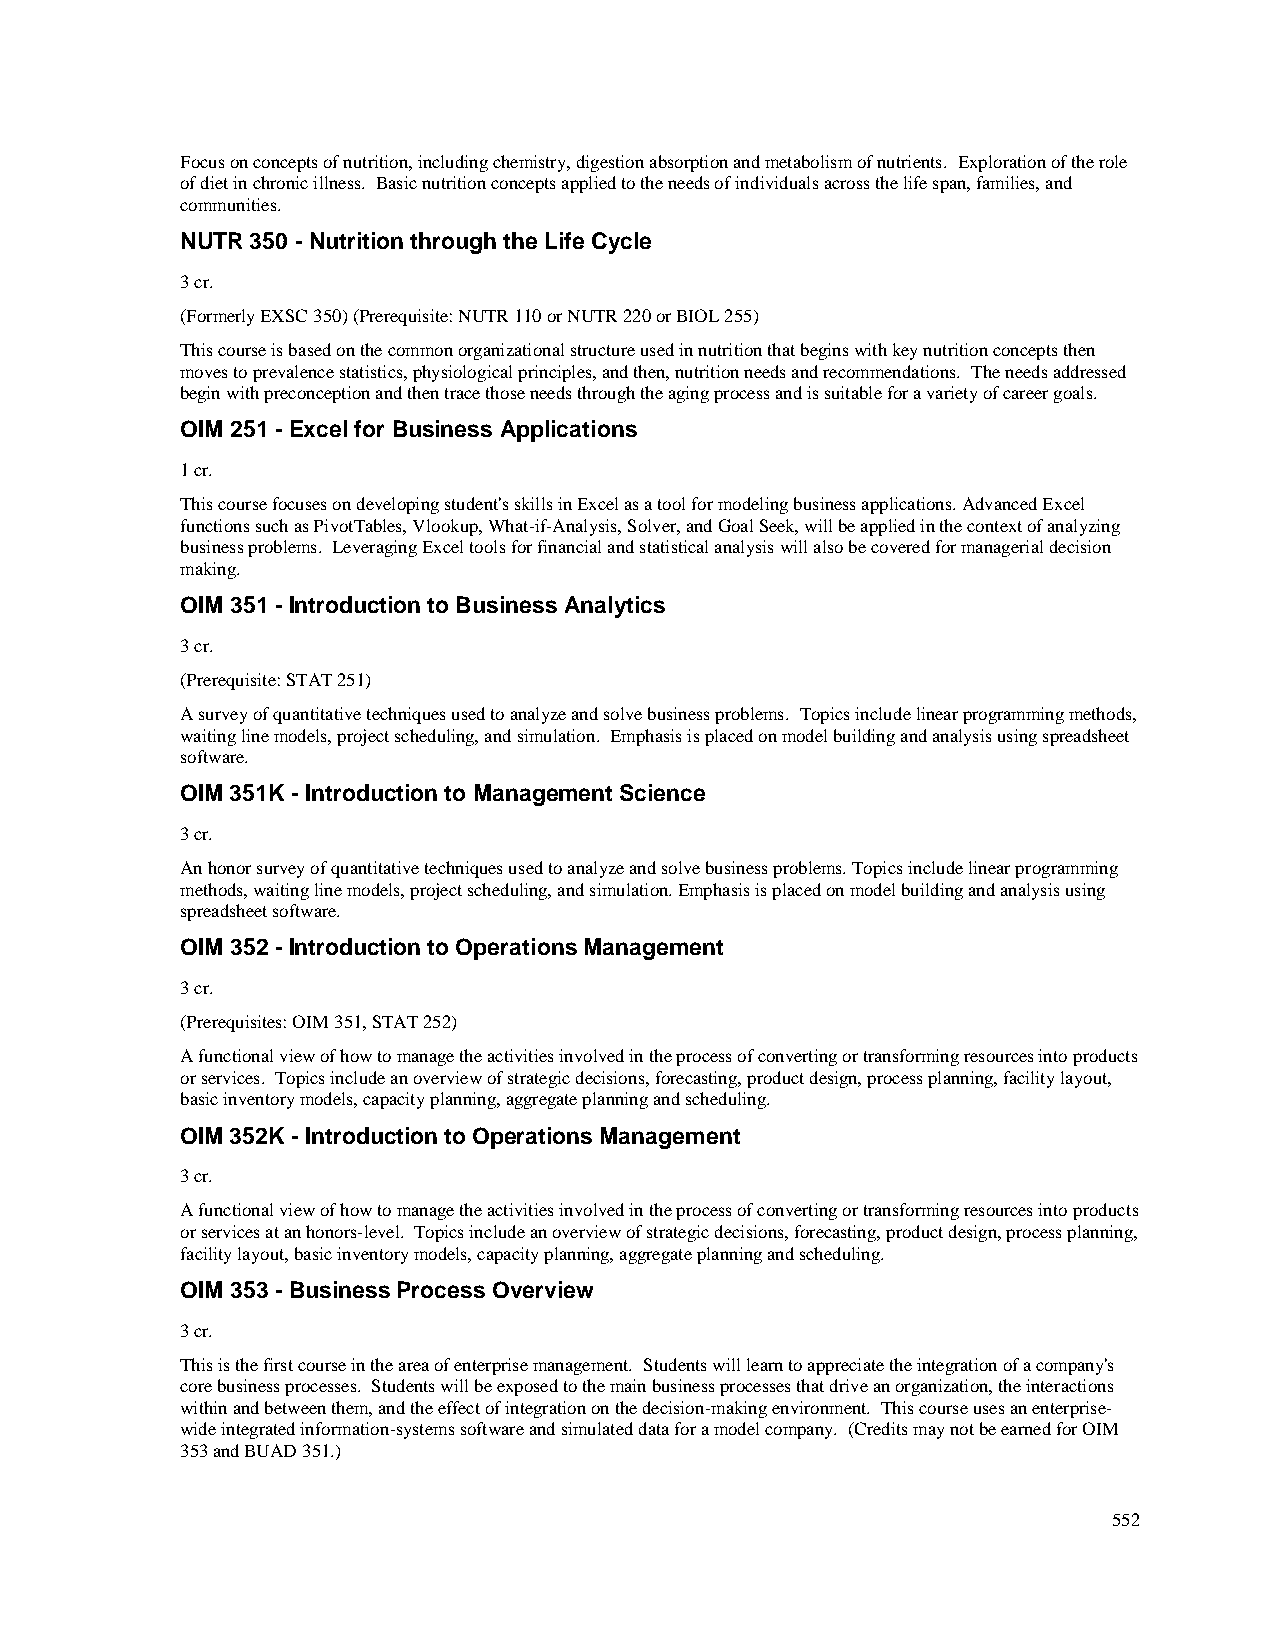
Focus on concepts of nutrition, including chemistry, digestion absorption and metabolism of nutrients. Exploration of the role
 of diet in chronic illness. Basic nutrition concepts applied to the needs of individuals across the life span, families, and
 communities.
 NUTR 350 - Nutrition through the Life Cycle
 3 cr.
 (Formerly EXSC 350) (Prerequisite: NUTR 110 or NUTR 220 or BIOL 255)
 This course is based on the common organizational structure used in nutrition that begins with key nutrition concepts then
 moves to prevalence statistics, physiological principles, and then, nutrition needs and recommendations. The needs addressed
 begin with preconception and then trace those needs through the aging process and is suitable for a variety of career goals.
 OIM 251 - Excel for Business Applications
 1 cr.
 This course focuses on developing student's skills in Excel as a tool for modeling business applications. Advanced Excel
 functions such as PivotTables, Vlookup, What-if-Analysis, Solver, and Goal Seek, will be applied in the context of analyzing
 business problems. Leveraging Excel tools for financial and statistical analysis will also be covered for managerial decision
 making.
 OIM 351 - Introduction to Business Analytics
 3 cr.
 (Prerequisite: STAT 251)
 A survey of quantitative techniques used to analyze and solve business problems. Topics include linear programming methods,
 waiting line models, project scheduling, and simulation. Emphasis is placed on model building and analysis using spreadsheet
 software.
 OIM 351K - Introduction to Management Science
 3 cr.
 An honor survey of quantitative techniques used to analyze and solve business problems. Topics include linear programming
 methods, waiting line models, project scheduling, and simulation. Emphasis is placed on model building and analysis using
 spreadsheet software.
 OIM 352 - Introduction to Operations Management
 3 cr.
 (Prerequisites: OIM 351, STAT 252)
 A functional view of how to manage the activities involved in the process of converting or transforming resources into products
 or services. Topics include an overview of strategic decisions, forecasting, product design, process planning, facility layout,
 basic inventory models, capacity planning, aggregate planning and scheduling.
 OIM 352K - Introduction to Operations Management
 3 cr.
 A functional view of how to manage the activities involved in the process of converting or transforming resources into products
 or services at an honors-level. Topics include an overview of strategic decisions, forecasting, product design, process planning,
 facility layout, basic inventory models, capacity planning, aggregate planning and scheduling.
 OIM 353 - Business Process Overview
 3 cr.
 This is the first course in the area of enterprise management. Students will learn to appreciate the integration of a company's
 core business processes. Students will be exposed to the main business processes that drive an organization, the interactions
 within and between them, and the effect of integration on the decision-making environment. This course uses an enterprise-
 wide integrated information-systems software and simulated data for a model company. (Credits may not be earned for OIM
 353 and BUAD 351.)
 552